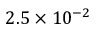
2 . 5 \times 1 0 ^ { - 2 }